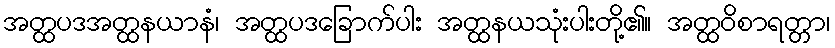
အတ္ထပဒအတ္ထနယာနံ၊ အတ္ထပဒခြောက်ပါး အတ္ထနယသုံးပါးတို့၏။ အတ္ထဝိစာရတ္တာ၊